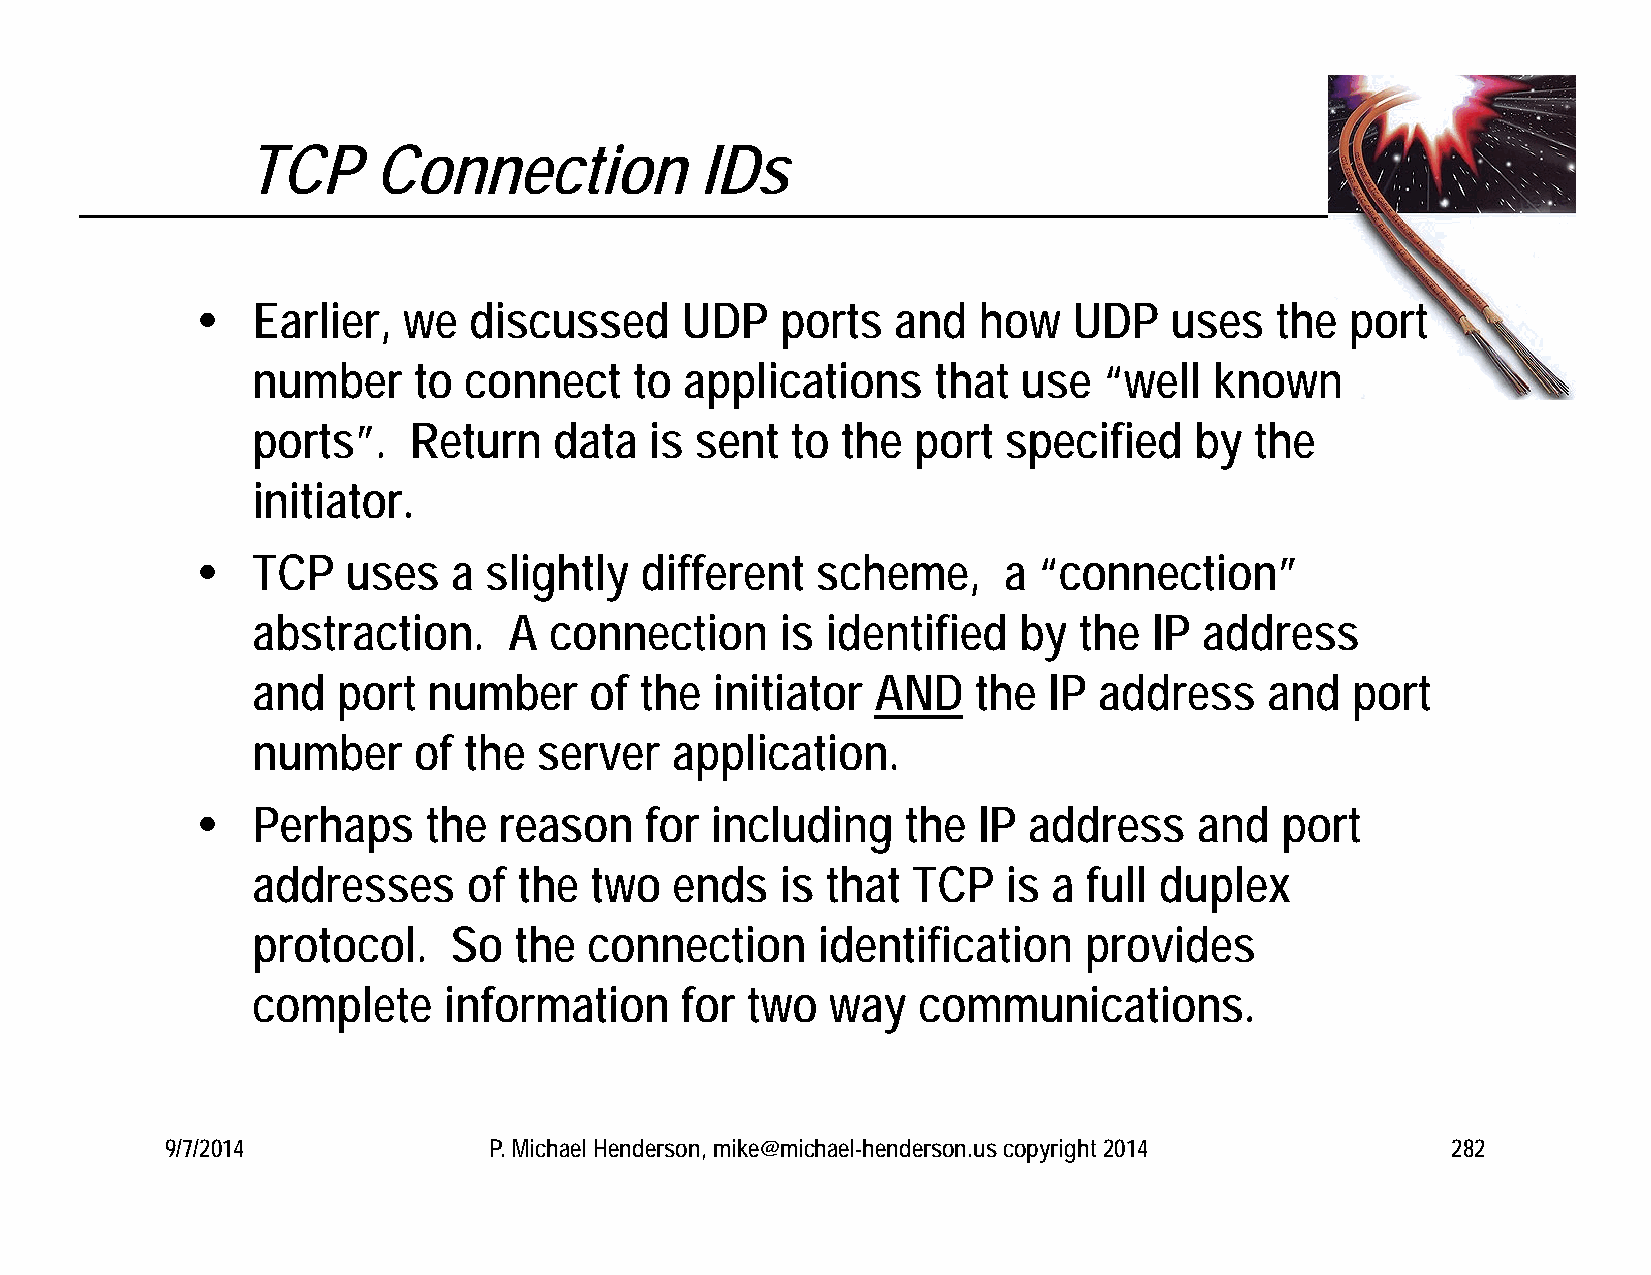
TCP      Connection           IDs
    Earlier,  we  discussed     UDP    ports  and   how   UDP   uses   the  port
 number    to  connect    to applications     that  use  “well  known
 ports”.   Return    data  is sent  to  the port  specified    by  the
 initiator.
    TCP   uses   a slightly  different   scheme,     a  “connection”
 abstraction.     A connection      is identified  by  the  IP  address
 and  port  number     of the  initiator  AND    the IP  address    and  port
 number    of  the  server  application.
    Perhaps    the  reason    for including    the  IP address    and   port
 addresses     of the  two  ends    is that TCP    is a full duplex
 protocol.    So  the  connection     identification    provides
 complete    information     for two   way   communications.
 9/7/2014             P. Michael Henderson, mike@michael-henderson.us copyright 2014  282